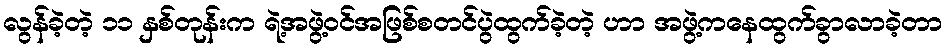
လွန်ခဲ့တဲ့ ၁၁ နှစ်တုန်းက ရဲ့အဖွဲ့ဝင်အဖြစ်စတင်ပွဲထွက်ခဲ့တဲ့ ဟာ အဖွဲ့ကနေထွက်ခွာလာခဲ့တာ